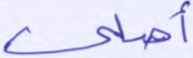
أصلي